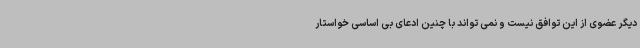
دیگر عضوی از این توافق نیست و نمی تواند با چنین ادعای بی اساسی خواستار